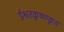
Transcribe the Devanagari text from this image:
ईश्वरकृष्णकृत